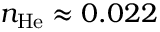
n _ { \mathrm { H e } } \approx 0 . 0 2 2